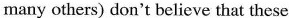
many others)don't believe that these